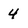
Character: 4